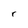
Character: r